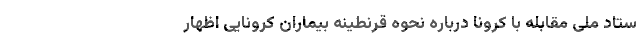
ستاد ملی مقابله با کرونا درباره نحوه قرنطینه بیماران کرونایی اظهار